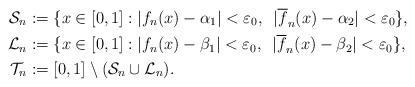
LaTeX: \begin{align*}\mathcal{S}_n & := \{x\in [0,1]: |f_n(x) - \alpha_1| < \varepsilon_0,~\, |\overline{f}_n(x) - \alpha_2| < \varepsilon_0\}, \\\mathcal{L}_n & := \{x\in [0,1]: |f_n(x) - \beta_1| < \varepsilon_0,~\, |\overline{f}_n(x) - \beta_2| < \varepsilon_0\}, \\\mathcal{T}_n & := [0,1]\setminus (\mathcal{S}_n \cup \mathcal{L}_n).\end{align*}